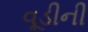
વૂડીની